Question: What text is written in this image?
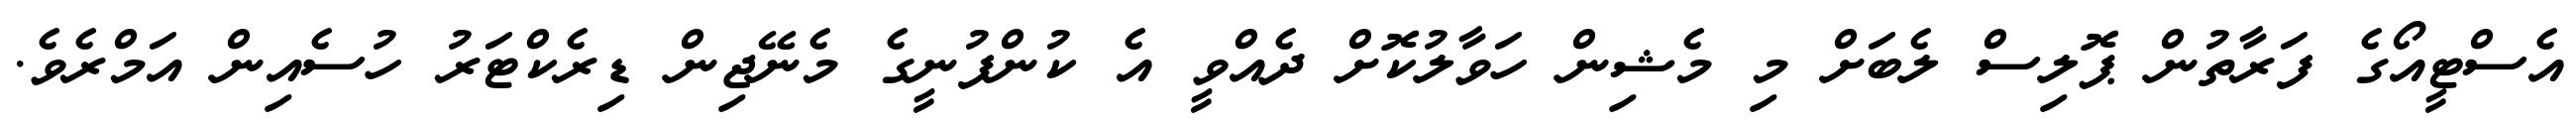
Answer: އެސްޓީއޯގެ ފަރާތުން ޕޮލިސް ލެބަށް މި މެޝިން ހަވާލުކޮށް ދެއްވީ އެ ކުންފުނީގެ މެނޭޖިން ޑިރެކްޓަރު ހުސެއިން އަމްރެވެ.